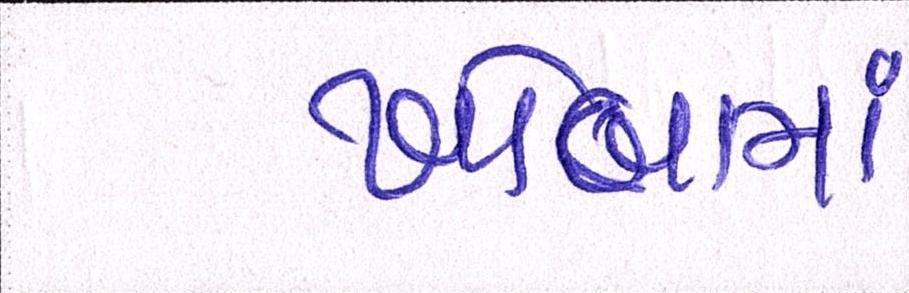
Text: ખોબામાં